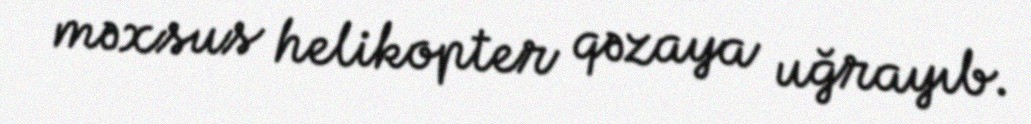
məxsus helikopter qəzaya uğrayıb.